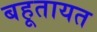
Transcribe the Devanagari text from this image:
बहूतायत